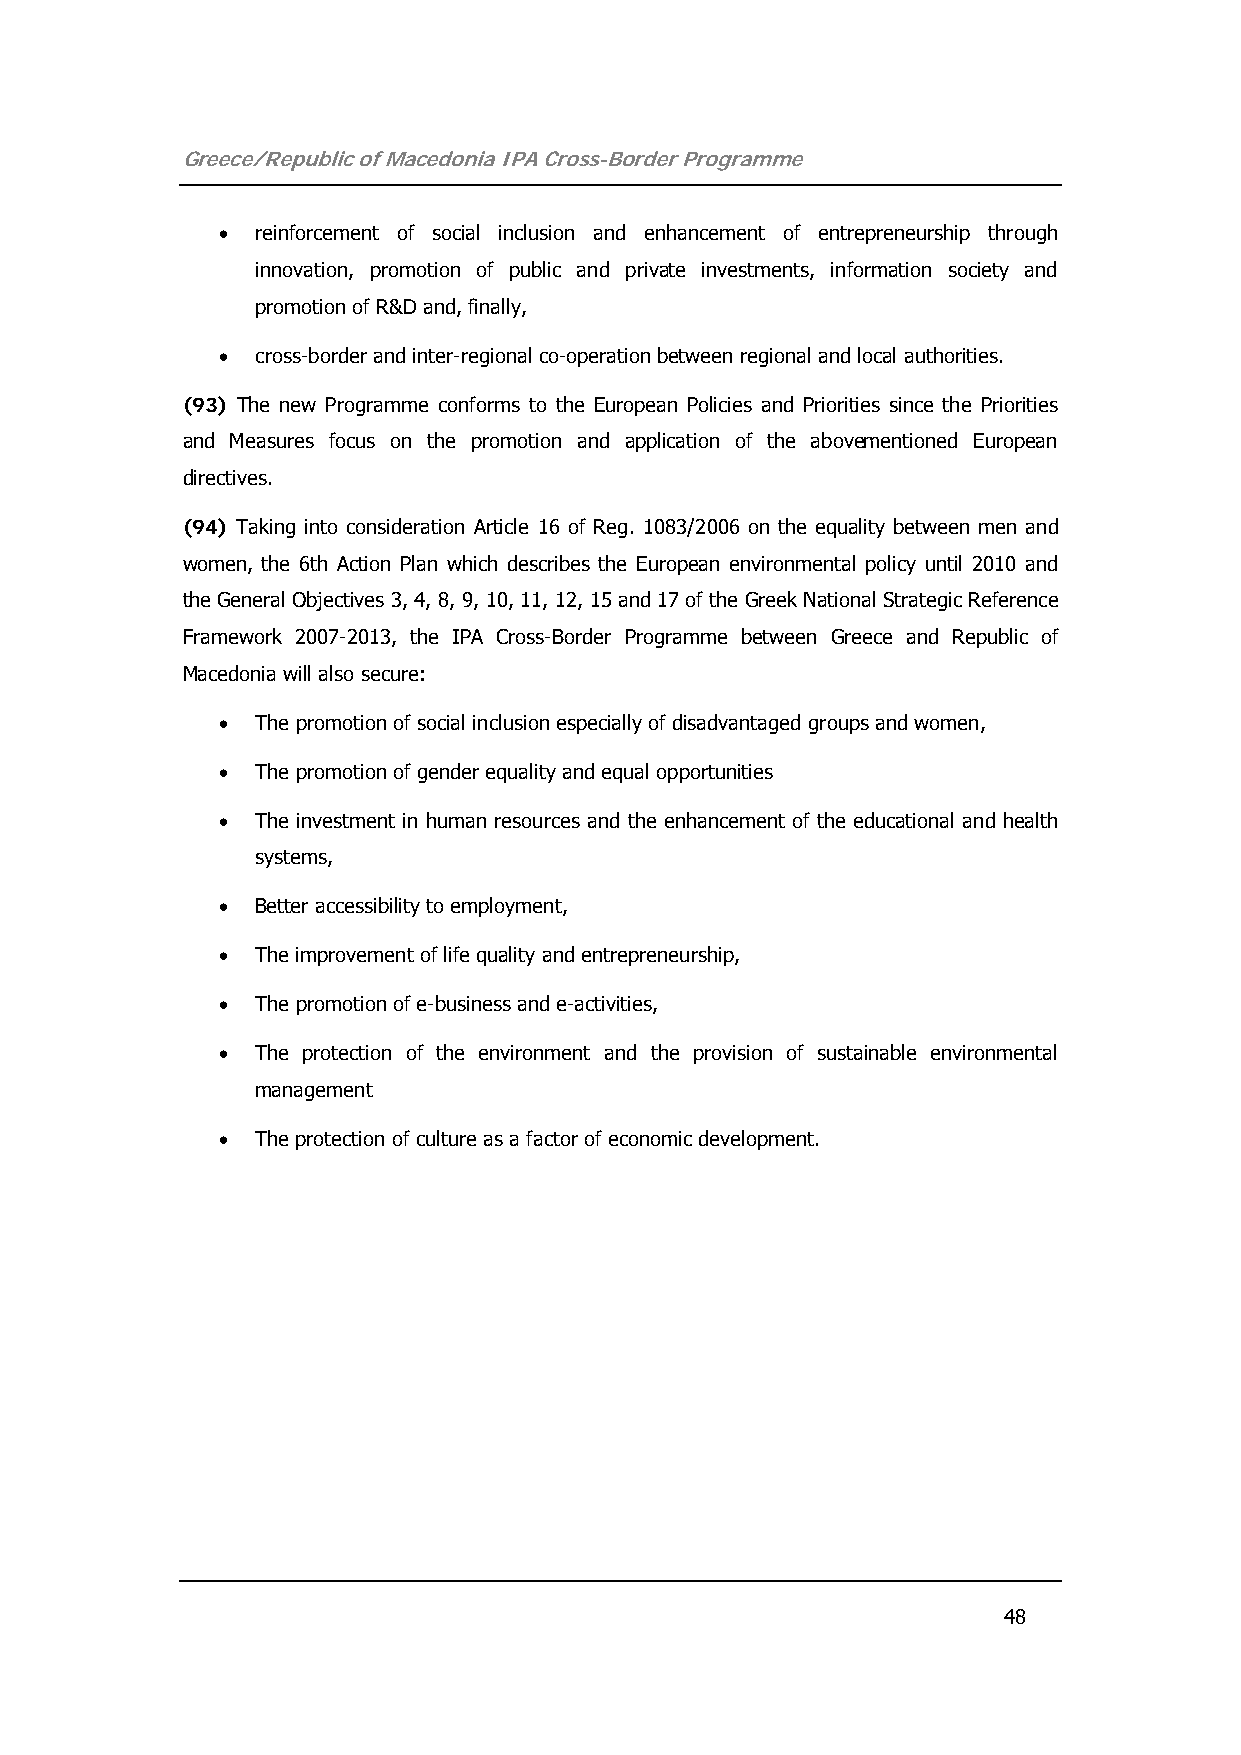
Greece/Republic of Macedonia IPA Cross-Border Programme
 •  reinforcement of social inclusion and enhancement of entrepreneurship through
 innovation, promotion of public and private investments, information society and
 promotion of R&D and, finally,
 •  cross-border and inter-regional co-operation between regional and local authorities.
 (93) The new Programme conforms to the European Policies and Priorities since the Priorities
 and Measures focus on the promotion and application of the abovementioned European
 directives.
 (94) Taking into consideration Article 16 of Reg. 1083/2006 on the equality between men and
 women, the 6th Action Plan which describes the European environmental policy until 2010 and
 the General Objectives 3, 4, 8, 9, 10, 11, 12, 15 and 17 of the Greek National Strategic Reference
 Framework 2007-2013, the IPA Cross-Border Programme between Greece and Republic of
 Macedonia will also secure:
 •  The promotion of social inclusion especially of disadvantaged groups and women,
 •  The promotion of gender equality and equal opportunities
 •  The investment in human resources and the enhancement of the educational and health
 systems,
 •  Better accessibility to employment,
 •  The improvement of life quality and entrepreneurship,
 •  The promotion of e-business and e-activities,
 •  The protection of the environment and the provision of sustainable environmental
 management
 •  The protection of culture as a factor of economic development.
 48